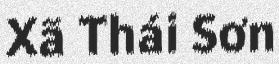
Xã Thái Sơn